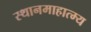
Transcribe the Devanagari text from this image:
स्थानमाहात्म्य